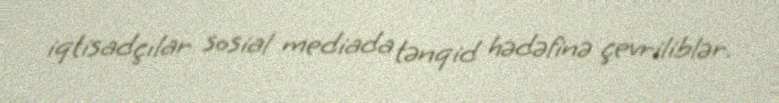
iqtisadçılar sosial mediada tənqid hədəfinə çevriliblər.